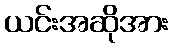
ယင်းအဆိုအား